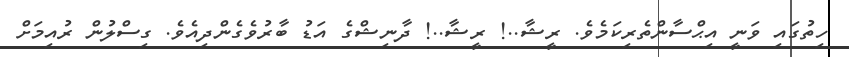
ހިތުގައި ވަނީ އިޙްސާންތެރިކަމެވެ. ރީޝާ..! ރީޝާ..! ދާނިޝްގެ އަޑު ބާރުވެގެންދިއެވެ. ގިސްލުން ރުއިމަށް